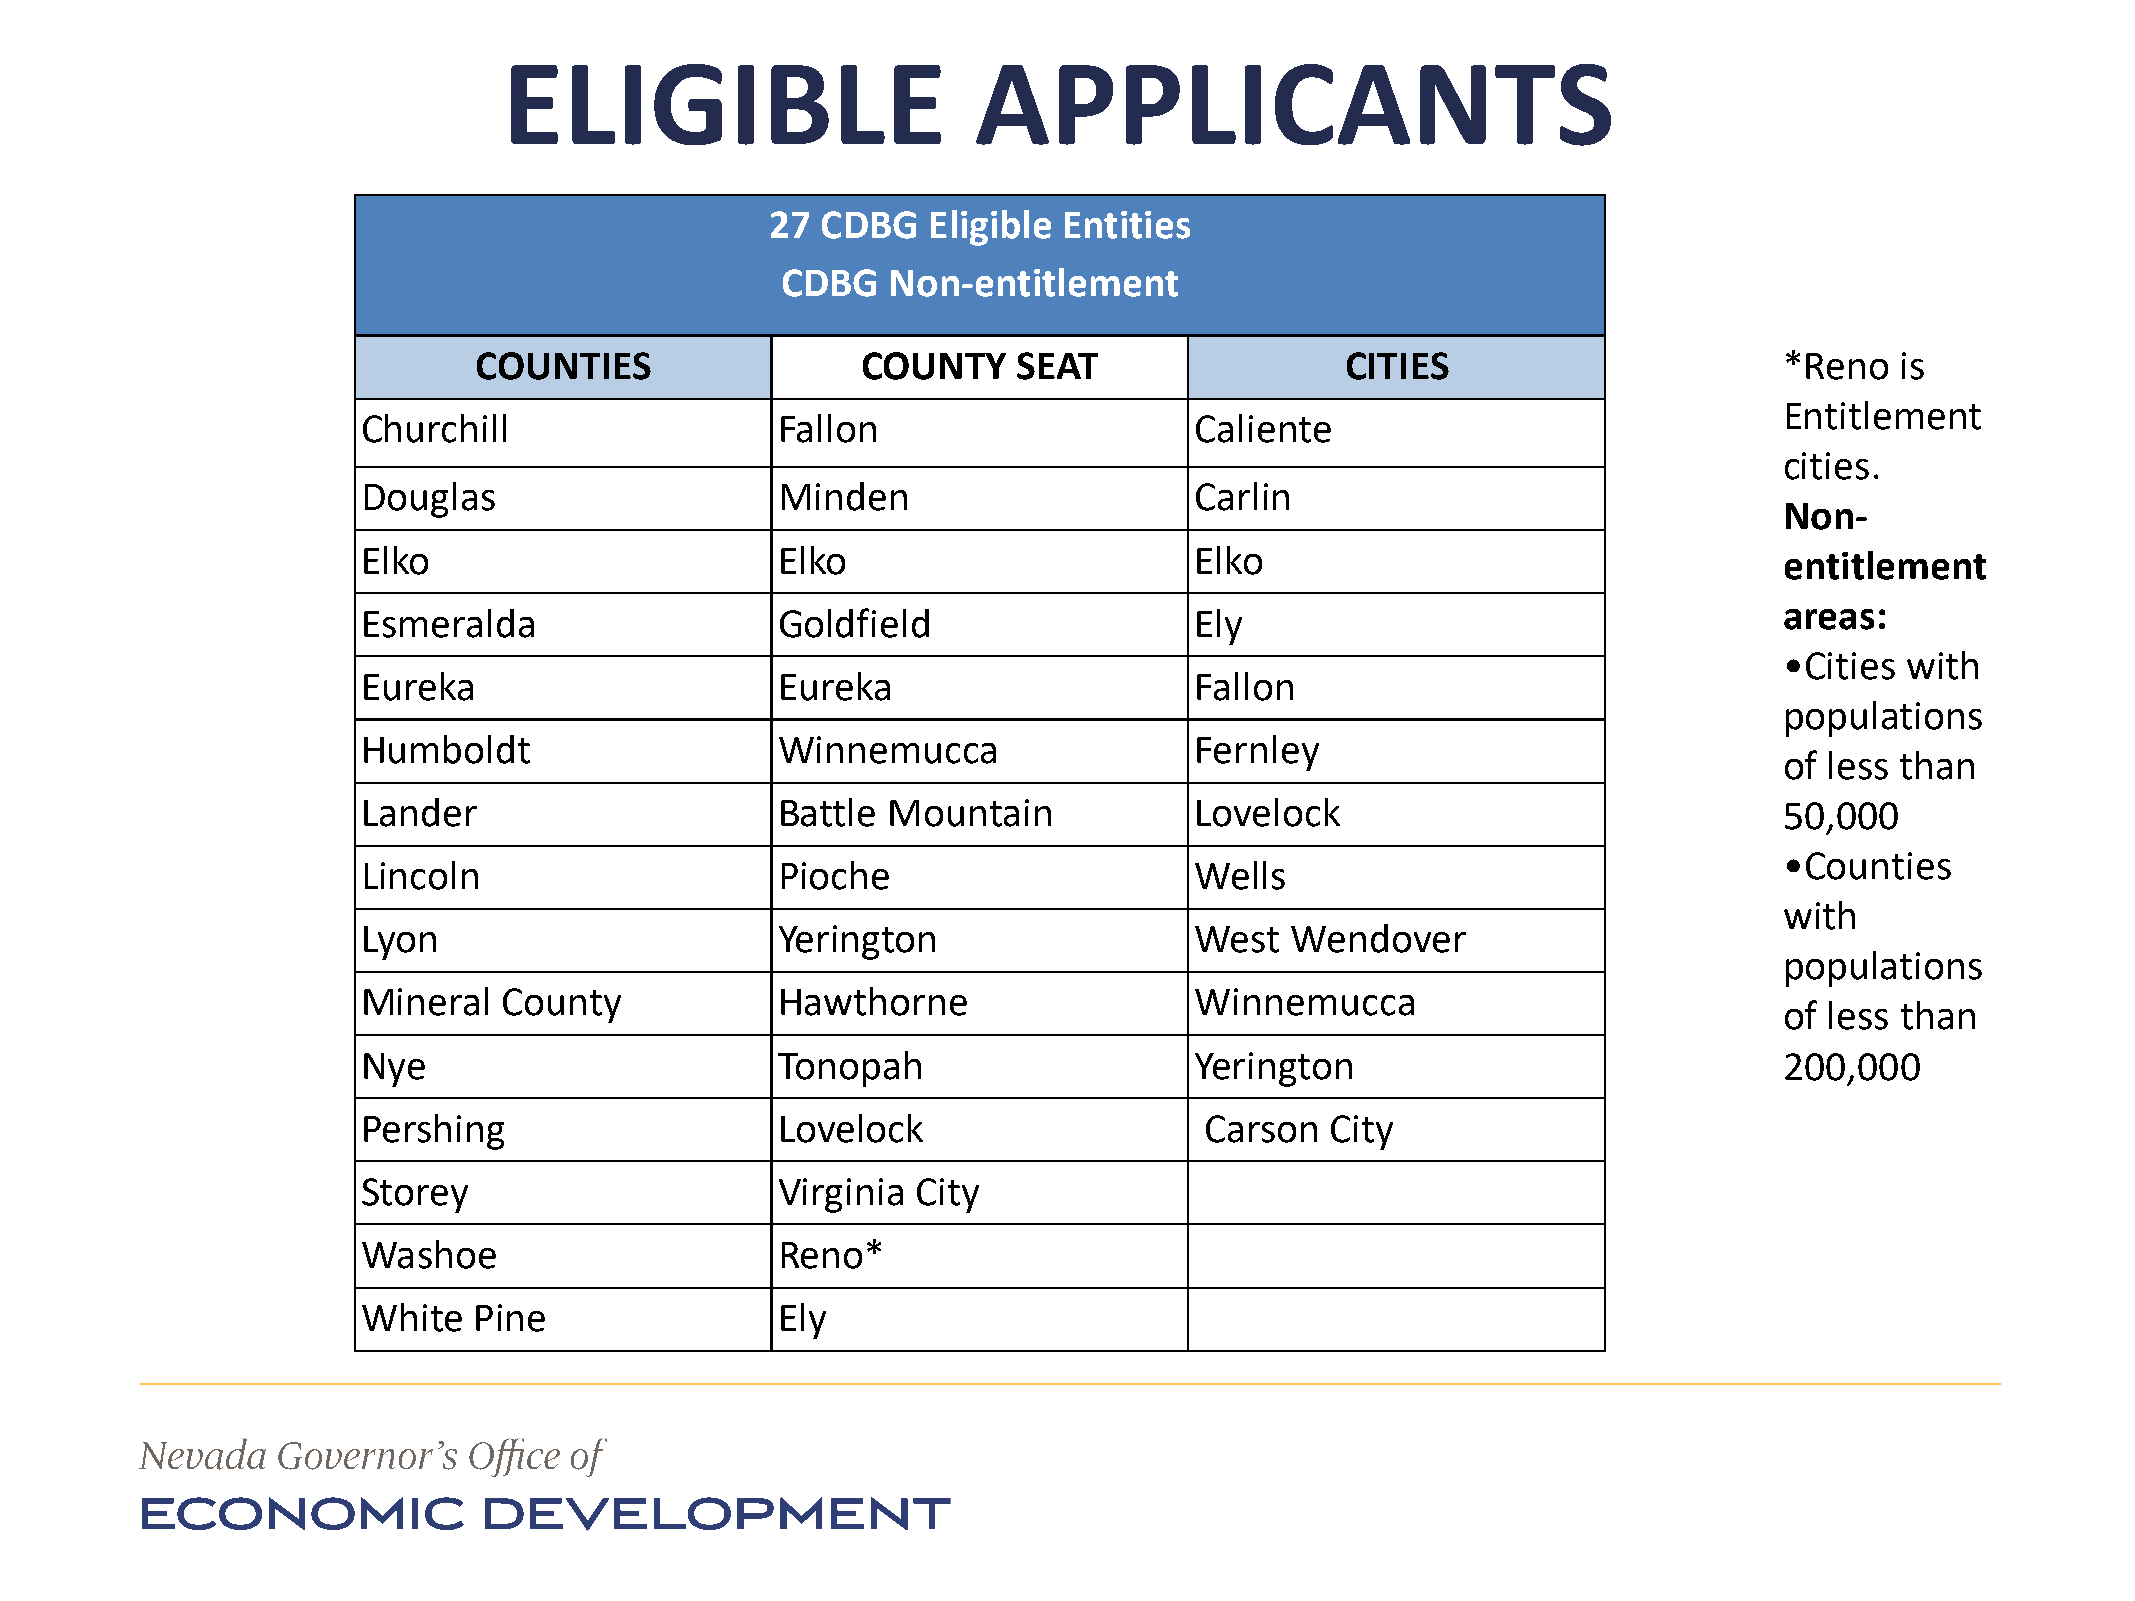
ELIGIBLE                        APPLICANTS
 27 CDBG   Eligible Entities
 CDBG   Non-entitlement
 COUNTIES                  COUNTY    SEAT                  CITIES                       *Reno   is
 Entitlement
 Churchill                  Fallon                      Caliente
 cities.
 Douglas                    Minden                      Carlin
 Non-
 Elko                       Elko                        Elko                                   entitlement
 areas:
 Esmeralda                  Goldfield                   Ely
 •Cities with
 Eureka                     Eureka                      Fallon
 populations
 Humboldt                   Winnemucca                  Fernley
 of less than
 Lander                     Battle  Mountain            Lovelock                               50,000
 •Counties
 Lincoln                    Pioche                      Wells
 with
 Lyon                       Yerington                   West  Wendover
 populations
 Mineral  County            Hawthorne                   Winnemucca
 of less than
 Nye                        Tonopah                     Yerington                              200,000
 Pershing                   Lovelock                     Carson  City
 Storey                     Virginia  City
 Washoe                     Reno*
 White  Pine                Ely